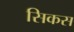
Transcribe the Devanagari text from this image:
सिकस